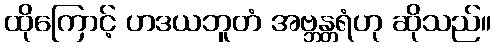
ထိုကြောင့် ဟဒယဘူတံ အဗ္ဘန္တရံဟု ဆိုသည်။